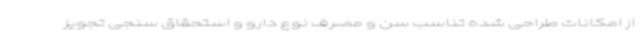
از امکانات طراحی شده تناسب سن و مصرف نوع دارو و استحقاق سنجی تجویز